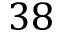
3 8